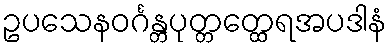
ဥပသေနဝင်္ဂန္တပုတ္တတ္ထေရအပဒါနံ